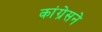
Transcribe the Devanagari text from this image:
कांग्रेसने